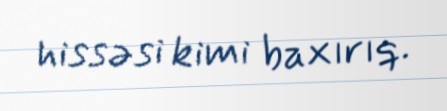
hissəsi kimi baxırıq.